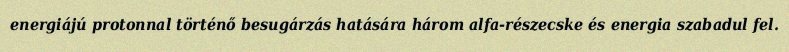
energiájú protonnal történő besugárzás hatására három alfa-részecske és energia szabadul fel.